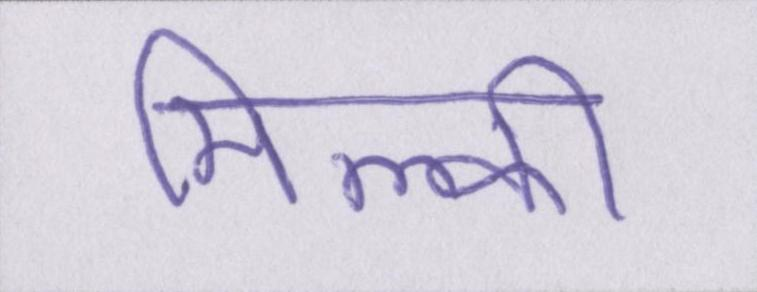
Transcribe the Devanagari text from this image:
मिल्की